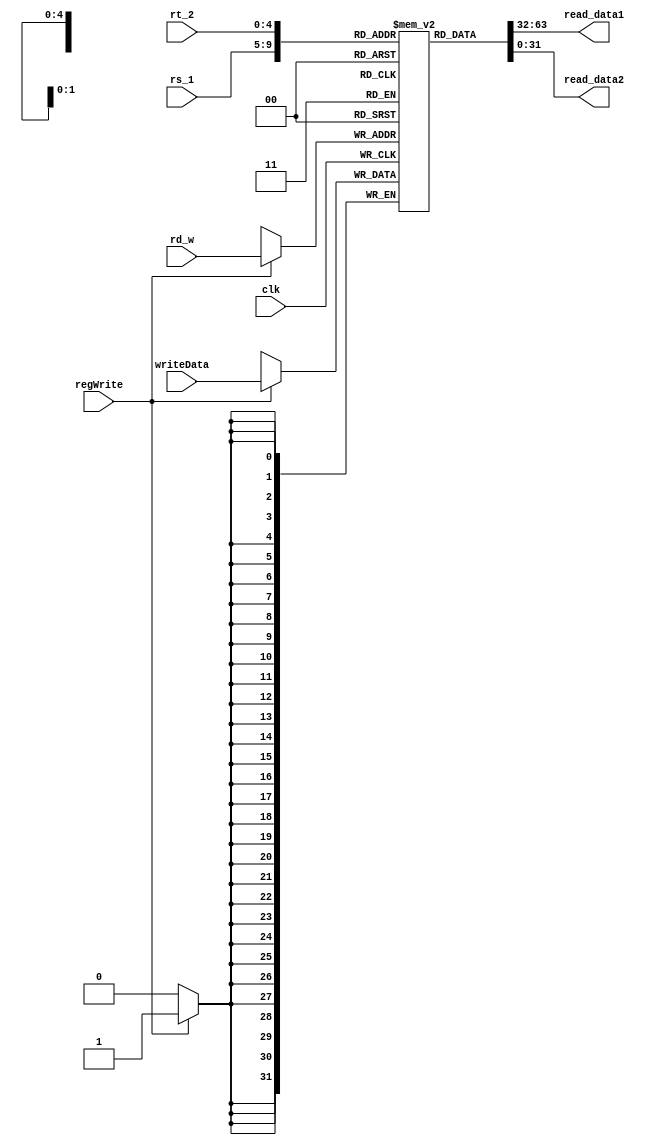
`timescale 1ns / 1ps
//////////////////////////////////////////////////////////////////////////////////
// Company: 
// Engineer: 
// 
// Design Name: 
// Module Name:    decode_registers 
// Project Name: 
// Target Devices: 
// Tool versions: 
// Description: 
//
// Dependencies: 
//
// Revision: 
// Revision 0.01 - File Created
// Additional Comments: 
//
//////////////////////////////////////////////////////////////////////////////////
module decode_registers(clk, rs_1, rt_2, rd_w, writeData, regWrite, read_data1, read_data2);

	input clk, regWrite;
	input [4:0] rs_1, rt_2, rd_w;
	input [31:0] writeData;
	
	output reg [31:0] read_data1, read_data2;
	
	reg [31:0] registers [31:0];
		
	always @(posedge clk)
	begin
		if (regWrite)
		begin
			registers[rd_w] <= writeData;
		end
	end
	
	always @(*)
	begin
		read_data1 <= registers[rs_1];
		read_data2 <= registers[rt_2];
	end
	
endmodule